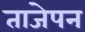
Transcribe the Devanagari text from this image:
ताजेपन